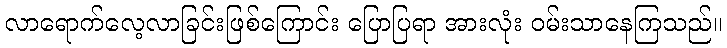
လာရောက်လေ့လာခြင်းဖြစ်ကြောင်း ပြောပြရာ အားလုံး ဝမ်းသာနေကြသည်။